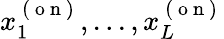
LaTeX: x_{1}^{\mathrm{~(~o~n~)~}},...,x_{L}^{\mathrm{~(~o~n~)~}}